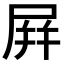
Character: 屛